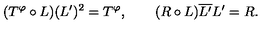
( T ^ { \varphi } \circ L ) ( L ^ { \prime } ) ^ { 2 } = T ^ { \varphi } , \qquad ( R \circ L ) \overline { { L ^ { \prime } } } L ^ { \prime } = R .